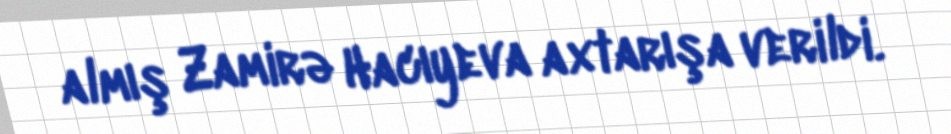
almış Zamirə Hacıyeva axtarışa verildi.